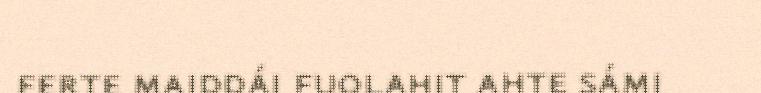
ferte maiddái fuolahit ahte sámi